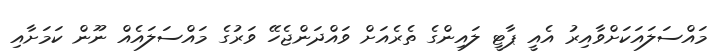
މައްސަލައަކަށްވާއިރު އެއީ ޕާޓީ ލައިންގެ ތެރެއަށް ވައްދަންޖެހޭ ވަރުގެ މައްސަލައެއް ނޫން ކަމަށާއި